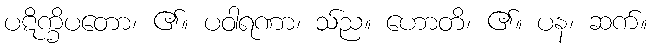
ပဋိက္ခိပတော၊ ၏။ ပဝါရဏာ၊ သ်ည။ ဟောတိ၊ ၏။ ပန၊ ဆက်။